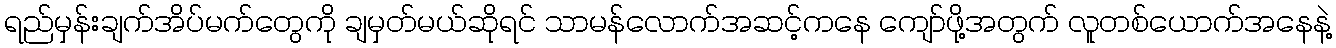
ရည်မှန်းချက်အိပ်မက်တွေကို ချမှတ်မယ်ဆိုရင် သာမန်လောက်အဆင့်ကနေ ကျော်ဖို့အတွက် လူတစ်ယောက်အနေနဲ့